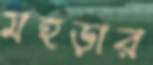
মহড়ার